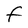
Character: F